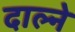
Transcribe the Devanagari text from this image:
दाल्ने